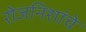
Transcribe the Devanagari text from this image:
रोजनिशांचे